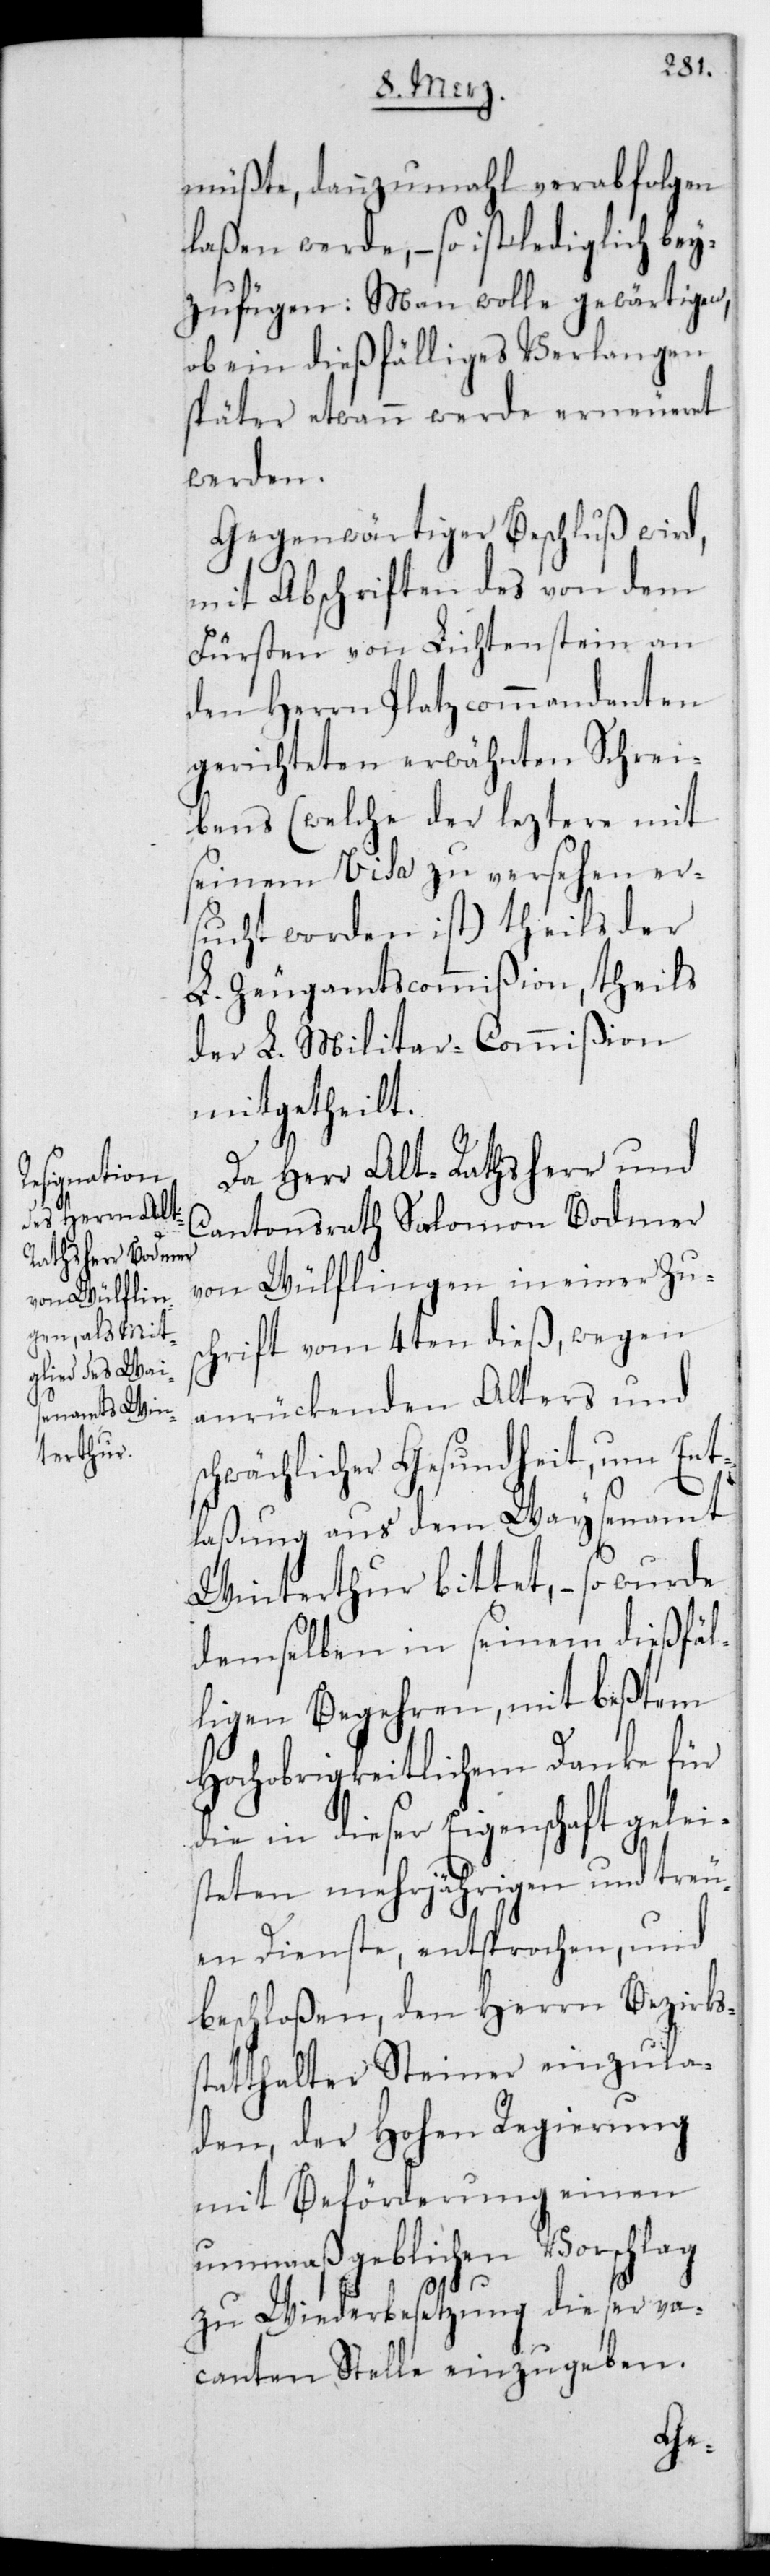
müßte, dannzumahl verabfolgen
laßen werde, – so ist lediglich bey¬
zufügen: Man wolle gewärtigen,
ob ein dießfälliges Verlangen
später etwann werde erneueret
werden.
Gegenwärtiger Beschluß wird,
mit Abschriften des von dem
Fürsten von Lichtenstein an
den Herrn Platzkommandanten
gerichteten erwähnten Schrei¬
bens (welche der leztere mit
seinem Visa zu versehen er¬
sucht worden ist), theils der
L. Zeugamtscommißion, theils
der L. Militar-Commißion
mitgetheilt.
Da Herr Alt-Rathsherr und
Cantonsrath Salomon Bodmer
von Wülflingen in einer Zus¬
chrift vom 4ten dieß, wegen
anrückenden Alters und
hwächlicher Gesundheit, um Ent¬
laßung aus dem Waisenamt
Winterthur bittet, – so wurde
demselben in seinem dießfäl¬
ligen Begehren, mit bestem
Hochobrigkeitlichem Danke für
die in dieser Eigenschaft geleis¬
teten mehrjährigen und treu¬
en Dienste, entsprochen, und
beschloßen, den Herrn Bezirks¬
statthalter Steiner einzula¬
den, der Hohen Regierung
mit Beförderung einen
unmaaßgeblichen Vorschlag
sc¬
zu Wiederbesetzung dieser va¬
canten Stelle einzugeben.